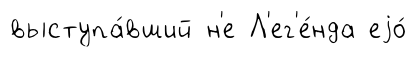
выступа́вший н'е Л'ег'е́нда еjо́